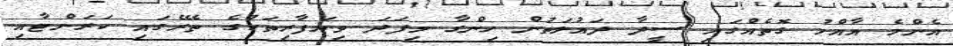
އެންމެ އާއްމު ގޮތެއްގައި ސީދާ ދައުލަތުން ހިންގާ މިފަދަ ވިޔަފާރިތަކުގެ ތެރޭގައި ކަރަންޓާއި